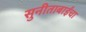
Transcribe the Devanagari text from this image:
सुनीताबाईंचा